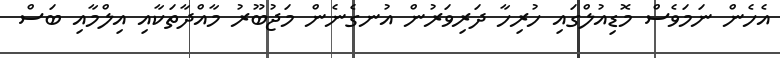
އެހެން ނަމަވެސް މޮޑިއުލްގައި ހުރިހާ ދަރިވަރުން އުނގެނެން މަޖުބޫރު މާއްދާތަކާއި އިލްމާއި ބަސް